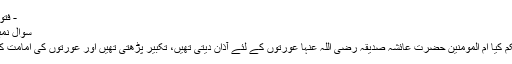
- فتویٰ آن لائن
سوال نمبر:2022
السلام علیکم کیا ام المومنین حضرت عائشہ صدیقہ رضی اللہ عنہا عورتوں کے لئے آذان دیتی تھیں، تکبیر پڑھتی تھیں اور عورتوں کی امامت کرتی تھیں۔